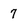
Character: 7